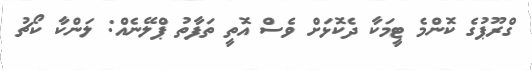
ގްރޫޕުގެ ކޮންމެ ޓީމަކާ ދެކޮޅަށް ވެސް އޮތީ ތަފާތު ޕްލޭނެއް: ލަންކާ ކޯޗު